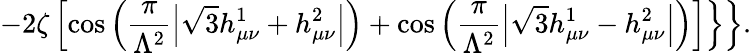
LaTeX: \left.\left.-2\zeta\left[\cos\left(\frac{\pi}{\Lambda^{2}}\left|\sqrt{3}h_{\mu\nu}^{1}+h_{\mu\nu}^{2}\right|\right)+\cos\left(\frac{\pi}{\Lambda^{2}}\left|\sqrt{3}h_{\mu\nu}^{1}-h_{\mu\nu}^{2}\right|\right)\right]\right\} \right\} .